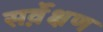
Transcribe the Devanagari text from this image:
सर्वे़क्षण